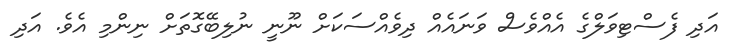
އަދި ފެސްޓިވަލްގެ އެއްވެސް ވަނައެއް ދިވެއްސަކަށް ނޫނީ ނުލިބޭގޮތަށް ނިންމި އެވެ. އަދި